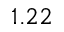
1 . 2 2